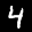
Label: 4